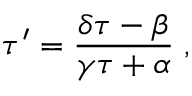
\tau ^ { \prime } = \frac { \delta \tau - \beta } { \gamma \tau + \alpha } \; ,